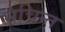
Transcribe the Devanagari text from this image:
सचिन्त